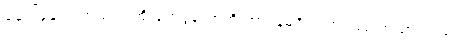
နှောင့်နှေးတတ်သည် အိုးပုတ်ပွဲတော်ကို တာဝန်မရှိဘဲ တပ်မတော်သားသည်